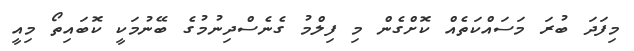
މިފަދަ ބުރަ މަސައްކަތެއް ކޮށްގެން މި ފިލްމު ގެނެސްދިނުމުގެ ބޭނުމަކީ ކޮބައިތޯ މިއީ